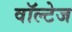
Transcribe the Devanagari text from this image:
वॉल्टेज